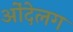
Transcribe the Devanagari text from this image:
ओंदेलग